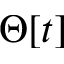
\Theta [ t ]